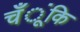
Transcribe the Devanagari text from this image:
चँूंकि